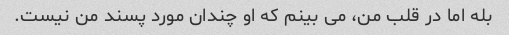
بله اما در قلب من، می بینم که او چندان مورد پسند من نیست.